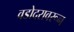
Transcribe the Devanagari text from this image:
वडोदरावरून